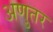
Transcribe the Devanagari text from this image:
अणुतर